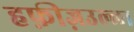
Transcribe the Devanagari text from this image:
हफ़ीज़उल्ला